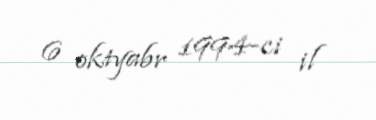
6 oktyabr 1994-ci il